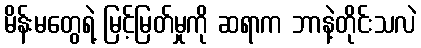
မိန်းမတွေရဲ့ မြင့်မြတ်မှုကို ဆရာက ဘာနဲ့တိုင်းသလဲ